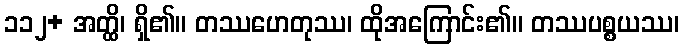
၁၁၂+ အတ္ထိ၊ ရှိ၏။ တဿဟေတုဿ၊ ထိုအကြောင်း၏။ တဿပစ္စယဿ၊